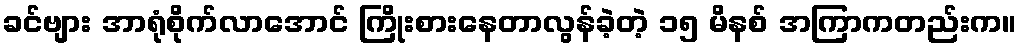
ခင်ဗျား အာရုံစိုက်လာအောင် ကြိုးစားနေတာလွန်ခဲ့တဲ့ ၁၅ မိနစ် အကြာကတည်းက။